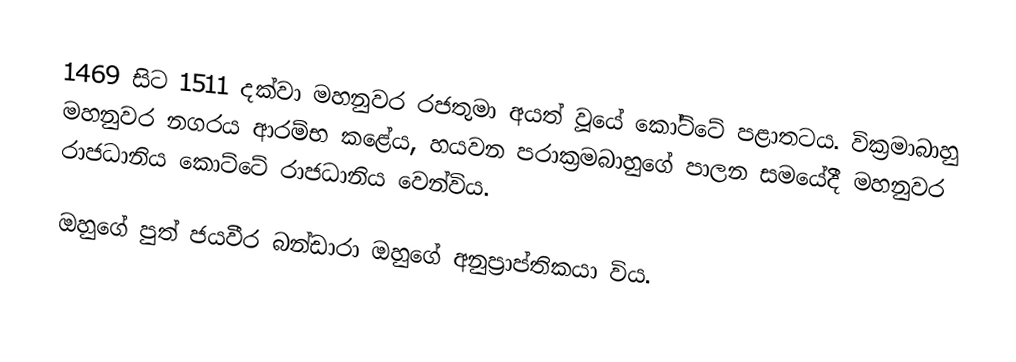
1469 සිට 1511 දක්වා මහනුවර රජතුමා අයත් වූයේ කෝට්ටේ පළාතටය. වික්‍රමාබාහු මහනුවර නගරය ආරම්භ කළේය, හයවන පරාක්‍රමබාහුගේ පාලන සමයේදී මහනුවර රාජධානිය කොට්ටේ රාජධානිය  වෙන්විය.

ඔහුගේ පුත් ජයවීර බන්ඩාරා ඔහුගේ අනුප්‍රාප්තිකයා විය.